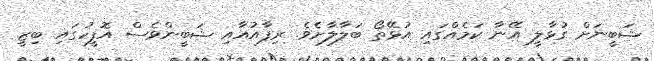
ޝަބީނަށް ގުޅާލީ އޭނާ ކަމެއްގައި އުޅޭތޯ ބަލާލާށެވެ. ރިފާއުއާއި ޝަބީންވެސް އޮފީހުގައި ބިޒީ